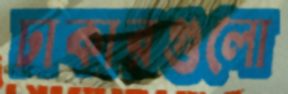
ঢাকারগুলো